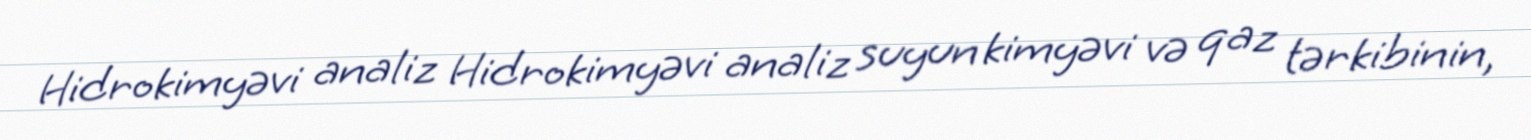
Hidrokimyəvi analiz Hidrokimyəvi analiz suyun kimyəvi və qaz tərkibinin,